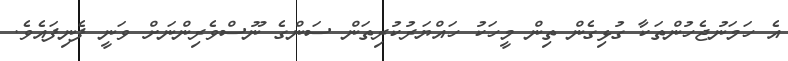
އެ ހަމަނުޖެހުންތަކާ ގުޅިގެން ތިން މީހަކު ހައްޔަރުކުރިތަން ސަންގެ ނޫސްވެރިންނަށް ވަނީ ފެނިފައެވެ.